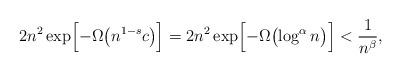
LaTeX: \begin{align*}2n^2\exp\Bigl[-\Omega\bigl( n^{1-s}c\bigr)\Bigr]=2n^2\exp\Bigl[-\Omega\bigl( \log^\alpha n\bigr)\Bigr]< \frac{1}{n^\beta},\end{align*}